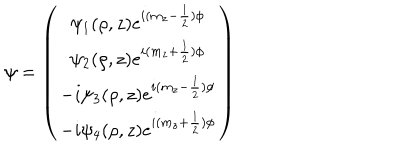
LaTeX: \psi = \left( \begin{matrix} { { { \psi _ { 1 } } ( \rho , z ) { e } ^ { i ( m _ { z } - { \frac { 1 } { 2 } } ) \phi } } } \\ { { { \psi _ { 2 } } ( \rho , z ) { e } ^ { i ( m _ { z } + { \frac { 1 } { 2 } } ) \phi } } } \\ { { - i { \psi _ { 3 } } ( \rho , z ) { e } ^ { i ( m _ { z } - { \frac { 1 } { 2 } } ) \phi } } } \\ { { - i { \psi _ { 4 } } ( \rho , z ) { e } ^ { i ( m _ { z } + { \frac { 1 } { 2 } } ) \phi } } } \\ \end{matrix} \right)